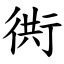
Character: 衖